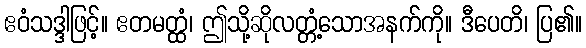
ဧဝံသဒ္ဒါဖြင့်။ ဧတမတ္ထံ၊ ဤသို့ဆိုလတ္တံ့သောအနက်ကို။ ဒီပေတိ၊ ပြ၏။